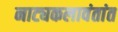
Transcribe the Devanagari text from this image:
नाट्यकलावंतांत